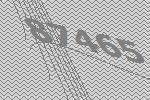
87465